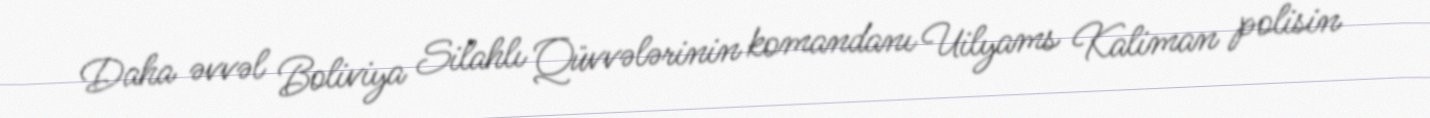
Daha əvvəl Boliviya Silahlı Qüvvələrinin komandanı Uilyams Kaliman polisin